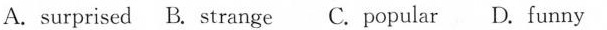
A.surprised B. strange C. popular D. funny